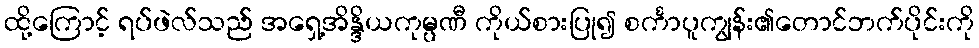
ထို့ကြောင့် ရပ်ဖဲလ်သည် အရှေ့အိန္ဒိယကုမ္ပဏီ ကိုယ်စားပြု၍ စင်္ကာပူကျွန်း၏တောင်ဘက်ပိုင်းကို